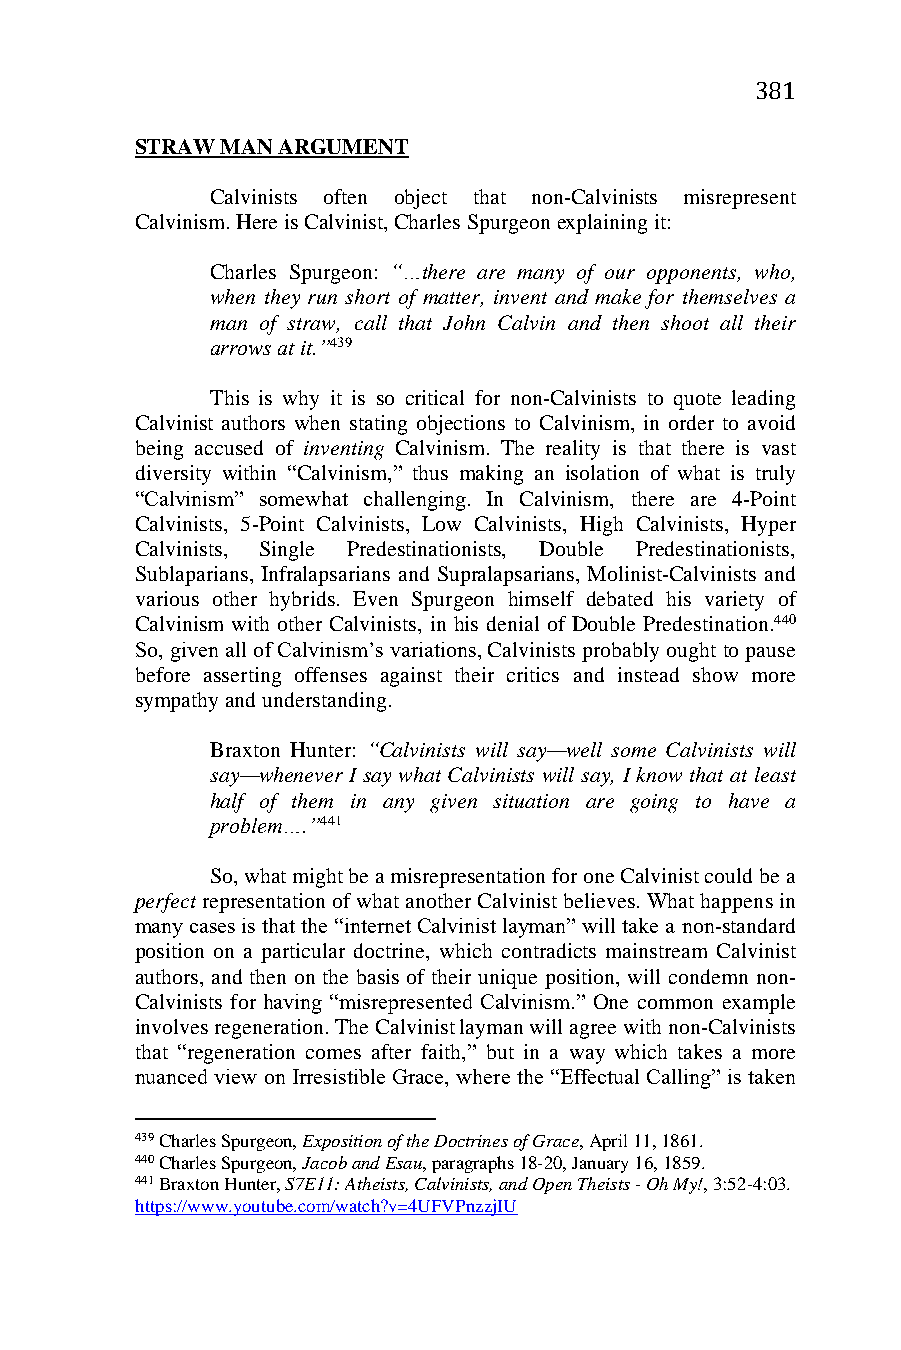
381
 STRAW MAN ARGUMENT
 Calvinists often object that non-Calvinists misrepresent
 Calvinism. Here is Calvinist, Charles Spurgeon explaining it:
 Charles Spurgeon: “…there are many of our opponents, who,
 when they run short of matter, invent and make for themselves a
 man of straw, call that John Calvin and then shoot all their
 arrows at it.”439
 This is why it is so critical for non-Calvinists to quote leading
 Calvinist authors when stating objections to Calvinism, in order to avoid
 being accused of inventing Calvinism. The reality is that there is vast
 diversity within “Calvinism,” thus making an isolation of what is truly
 “Calvinism” somewhat challenging. In Calvinism, there are 4-Point
 Calvinists, 5-Point Calvinists, Low Calvinists, High Calvinists, Hyper
 Calvinists, Single Predestinationists, Double Predestinationists,
 Sublaparians, Infralapsarians and Supralapsarians, Molinist-Calvinists and
 various other hybrids. Even Spurgeon himself debated his variety of
 Calvinism with other Calvinists, in his denial of Double Predestination.440
 So, given all of Calvinism’s variations, Calvinists probably ought to pause
 before asserting offenses against their critics and instead show more
 sympathy and understanding.
 Braxton Hunter: “Calvinists will say—well some Calvinists will
 say—whenever I say what Calvinists will say, I know that at least
 half of them in any given situation are going to have a
 problem….”441
 So, what might be a misrepresentation for one Calvinist could be a
 perfect representation of what another Calvinist believes. What happens in
 many cases is that the “internet Calvinist layman” will take a non-standard
 position on a particular doctrine, which contradicts mainstream Calvinist
 authors, and then on the basis of their unique position, will condemn non-
 Calvinists for having “misrepresented Calvinism.” One common example
 involves regeneration. The Calvinist layman will agree with non-Calvinists
 that “regeneration comes after faith,” but in a way which takes a more
 nuanced view on Irresistible Grace, where the “Effectual Calling” is taken
 439 Charles Spurgeon, Exposition of the Doctrines of Grace, April 11, 1861.
 440 Charles Spurgeon, Jacob and Esau, paragraphs 18-20, January 16, 1859.
 441 Braxton Hunter, S7E11: Atheists, Calvinists, and Open Theists - Oh My!, 3:52-4:03.
 https://www.youtube.com/watch?v=4UFVPnzzjIU